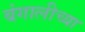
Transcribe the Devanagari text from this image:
बंगालीच्या